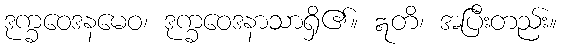
ဒုက္ခဝေဒနမေဝ၊ ဒုက္ခဝေဒနာသာရှိ၏။ ဣတိ၊ အပြီးတည်း။